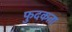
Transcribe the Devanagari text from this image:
फुदकता